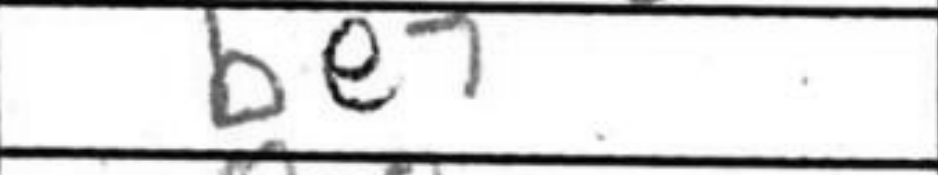
Transcription: Be7